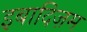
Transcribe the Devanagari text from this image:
इबादिज़म